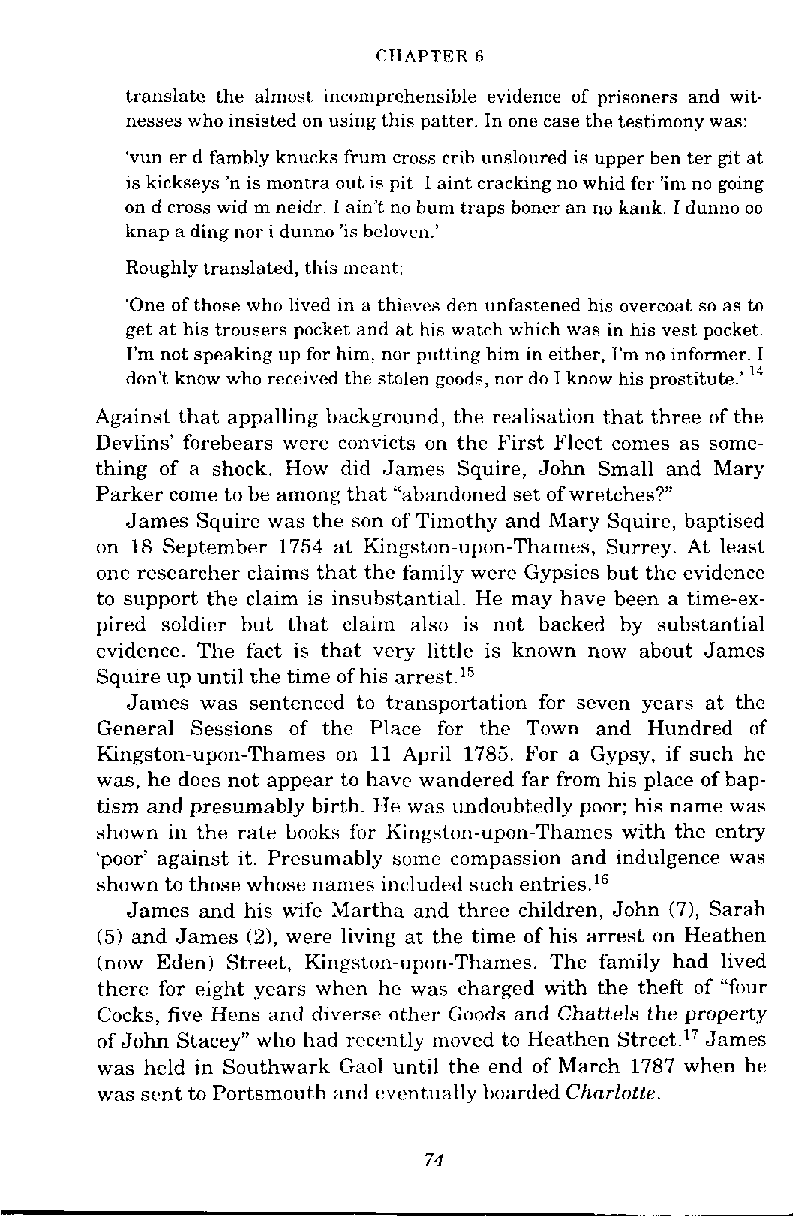
CHAPTER 6
 translate the almost incomprehensible evidence of prisoners and wit-
 nesses who insisted on using this patter. In one case the testimony was:
 'vun er d famhly knucks frum cross crib unsloured is upper ben ter g ~att
 is kickseys 'n is montra out is pit I aint cracking no whid fer 'im no going
 on d cross wid m neidr. I ain't no hum traps boner an no kank. I dunno no
 knap a ding nor i dunno 'is bcluven.'
 Roughly translated, this meant:
 'One of those who lived in a thicves den unfastened his overcoat so as to
 get at his trousers pocket and at his watch which was in his vest pocket.
 I'm not speaking up for him, nor putting him in either. I'm no informer. I
 don't know who received the stolen goods, nor do I know his prostitute.' l4
 Against that appalling background, the realisation that three of the
 Devlins' forebears were convicts on the First Fleet comes as some-
 thing of a shock. How did James Squire, John Small and Mary
 Parker come to be among that "abandoned set of wretches?"
 James Squire was the son of Timothy and Mary Squire, baptised
 on 18 September 1754 at Kingston-upon-Thames, Surrey. At least
 one researcher claims that the family were Gypsies but the evidence
 to support the claim is insubstantial. He may have been a time-ex-
 pired soldier but that claim also is not backed by substantial
 evidence. The fact is that very little is known now about James
 Squire up until the time of his ar~est.'~
 James was sentenced to transportation for sewn years at the
 General Sessions of the Place for the Town and Hundred of
 Kingston-upon-Thames on 11 April 1785. For a Gypsy, if such he
 was, he does not appear to have wandered far from his place of bap-
 tism and presumably birth. IIe was undoubtedly poor; his name was
 shown in the rate books for Kingston-upon-Thames with the entry
 'poor' against it. Presumably some compassion and indulgence was
 shown to those whose names included such entries.'=
 James and his wife Martha and three children, John (71, Sarah
 (5) and James (2), were living at the time of his arrest on Heathen
 (now Eden) Street, Kingst~~n-upon-ThameTs.h e family had lived
 there for eight years whcn hc was charged with the theR of "four
 Cocks, five Hens ;iud diverse other Goods and Chattels the property
 of John Stacey" who had recently nroved to Heathen Street.17 James
 was held in Southwark Gaol until the end of March 1787 when he
 was srnt to Portsmouth and cvcmtunlly boarded Charlotte.